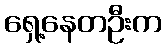
ရှေ့နေတဦးက